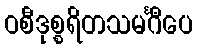
ဝစီဒုစ္စရိတသမင်္ဂီပေ